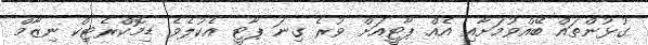
ގުޅުންތައް ބޭއްވުމަށާއި އެއް ޕާޓީއަށް ވުރެ ގިނަ ޕާޓީ އެކުލެވެ ޑިމޮކްރެޓިކް ނިޒާމް